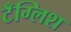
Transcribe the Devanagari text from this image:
टँग्लिश